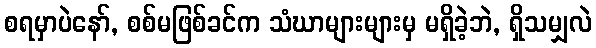
စရမှာပဲနော်, စစ်မဖြစ်ခင်က သံဃာများများမှ မရှိခဲ့ဘဲ, ရှိသမျှလဲ